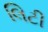
લિટી